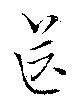
送